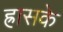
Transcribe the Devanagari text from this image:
ह्रासके